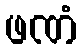
ဖဏံ